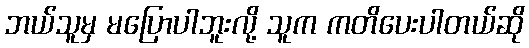
ဘယ်သူမှ မပြောပါဘူးလို့ သူက ကတိပေးပါတယ်ဆို